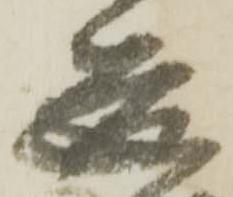
道